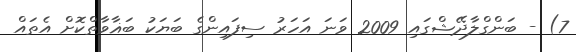
7) - ބަންގްލާދޭޝްގައި 2009 ވަނަ އަހަރު ސިފައިންގެ ބަޔަކު ބަޣާވާތްކޮށް އެތައް